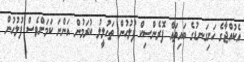
އެކުއްޖާގެ ހަށިގަނޑުގެ ބައިތައް ފޮރެންސިކް ފުލުހުން ތަހުލީލު ކުރަމުން އަންނަ ކަމަށްވެސް ފުލުހުން